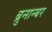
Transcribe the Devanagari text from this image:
ब्रुनान्बर